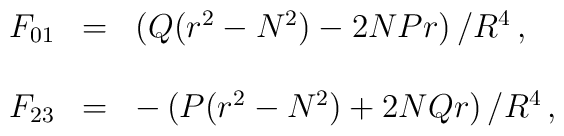
\begin{array}{rcl}F_{01} & = & \left(Q(r^2 -N^2 )-2NP r\right)/R^{4} \, , \\& &  \\F_{23} & = & -\left(P(r^2 -N^2 ) + 2NQ r\right)/R^{4} \, ,\\\end{array}